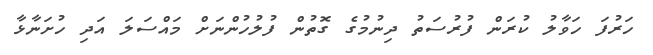
ހަރުފަ ހަވާލު ކުރަން ފުރުސަތު ދިނުމުގެ ގޮތުން ފުލުހުންނަށް މައްސަލަ އަދި ހުށަނާޅާ